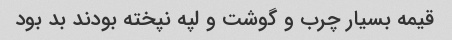
قیمه بسیار چرب و گوشت و لپه نپخته بودند بد بود